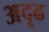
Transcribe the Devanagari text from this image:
अदृढ